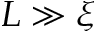
L \gg \xi